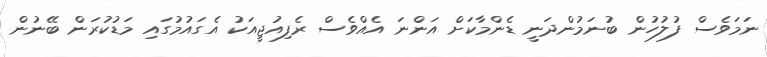
ނަމަވެސް ފުލުހުން ބުނަމުންދަނީ ޑެންމާކަށް އަންނަ އެއްވެސް ރެފިއުޖީއަކު އެގައުމުގައި މަޑުކުރަން ބޭނުން